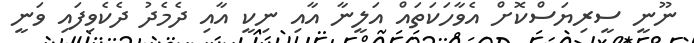
ނޫނީ ސީރިޔަސްކޮށް އެވާހަކަތައް އަލީނާ އާއި ނިކީ އާއި ދެމެދު ދެކެވިފައި ވަނީ